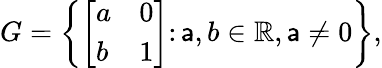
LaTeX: G=\left\{ {\left[\begin{array}{ll}{a}&{0}\\ {b}&{1}\end{array}\right]}\colon\mathsf{a},b\in\mathbb{{R}},\mathsf{a}\neq0\right\} ,